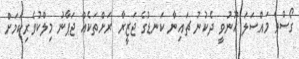
ގޯސްވެ މައްސަލަ ހޫނުވީ ދެކުނު ޗައިނާ ކަނޑުގެ ޖަޒީރާ ރަށްތަކެއް ޖަޕާނު މިލްކުވެރިކަމަށް